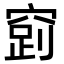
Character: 𮄉